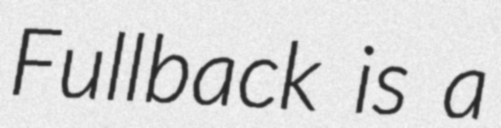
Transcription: Fullback is a